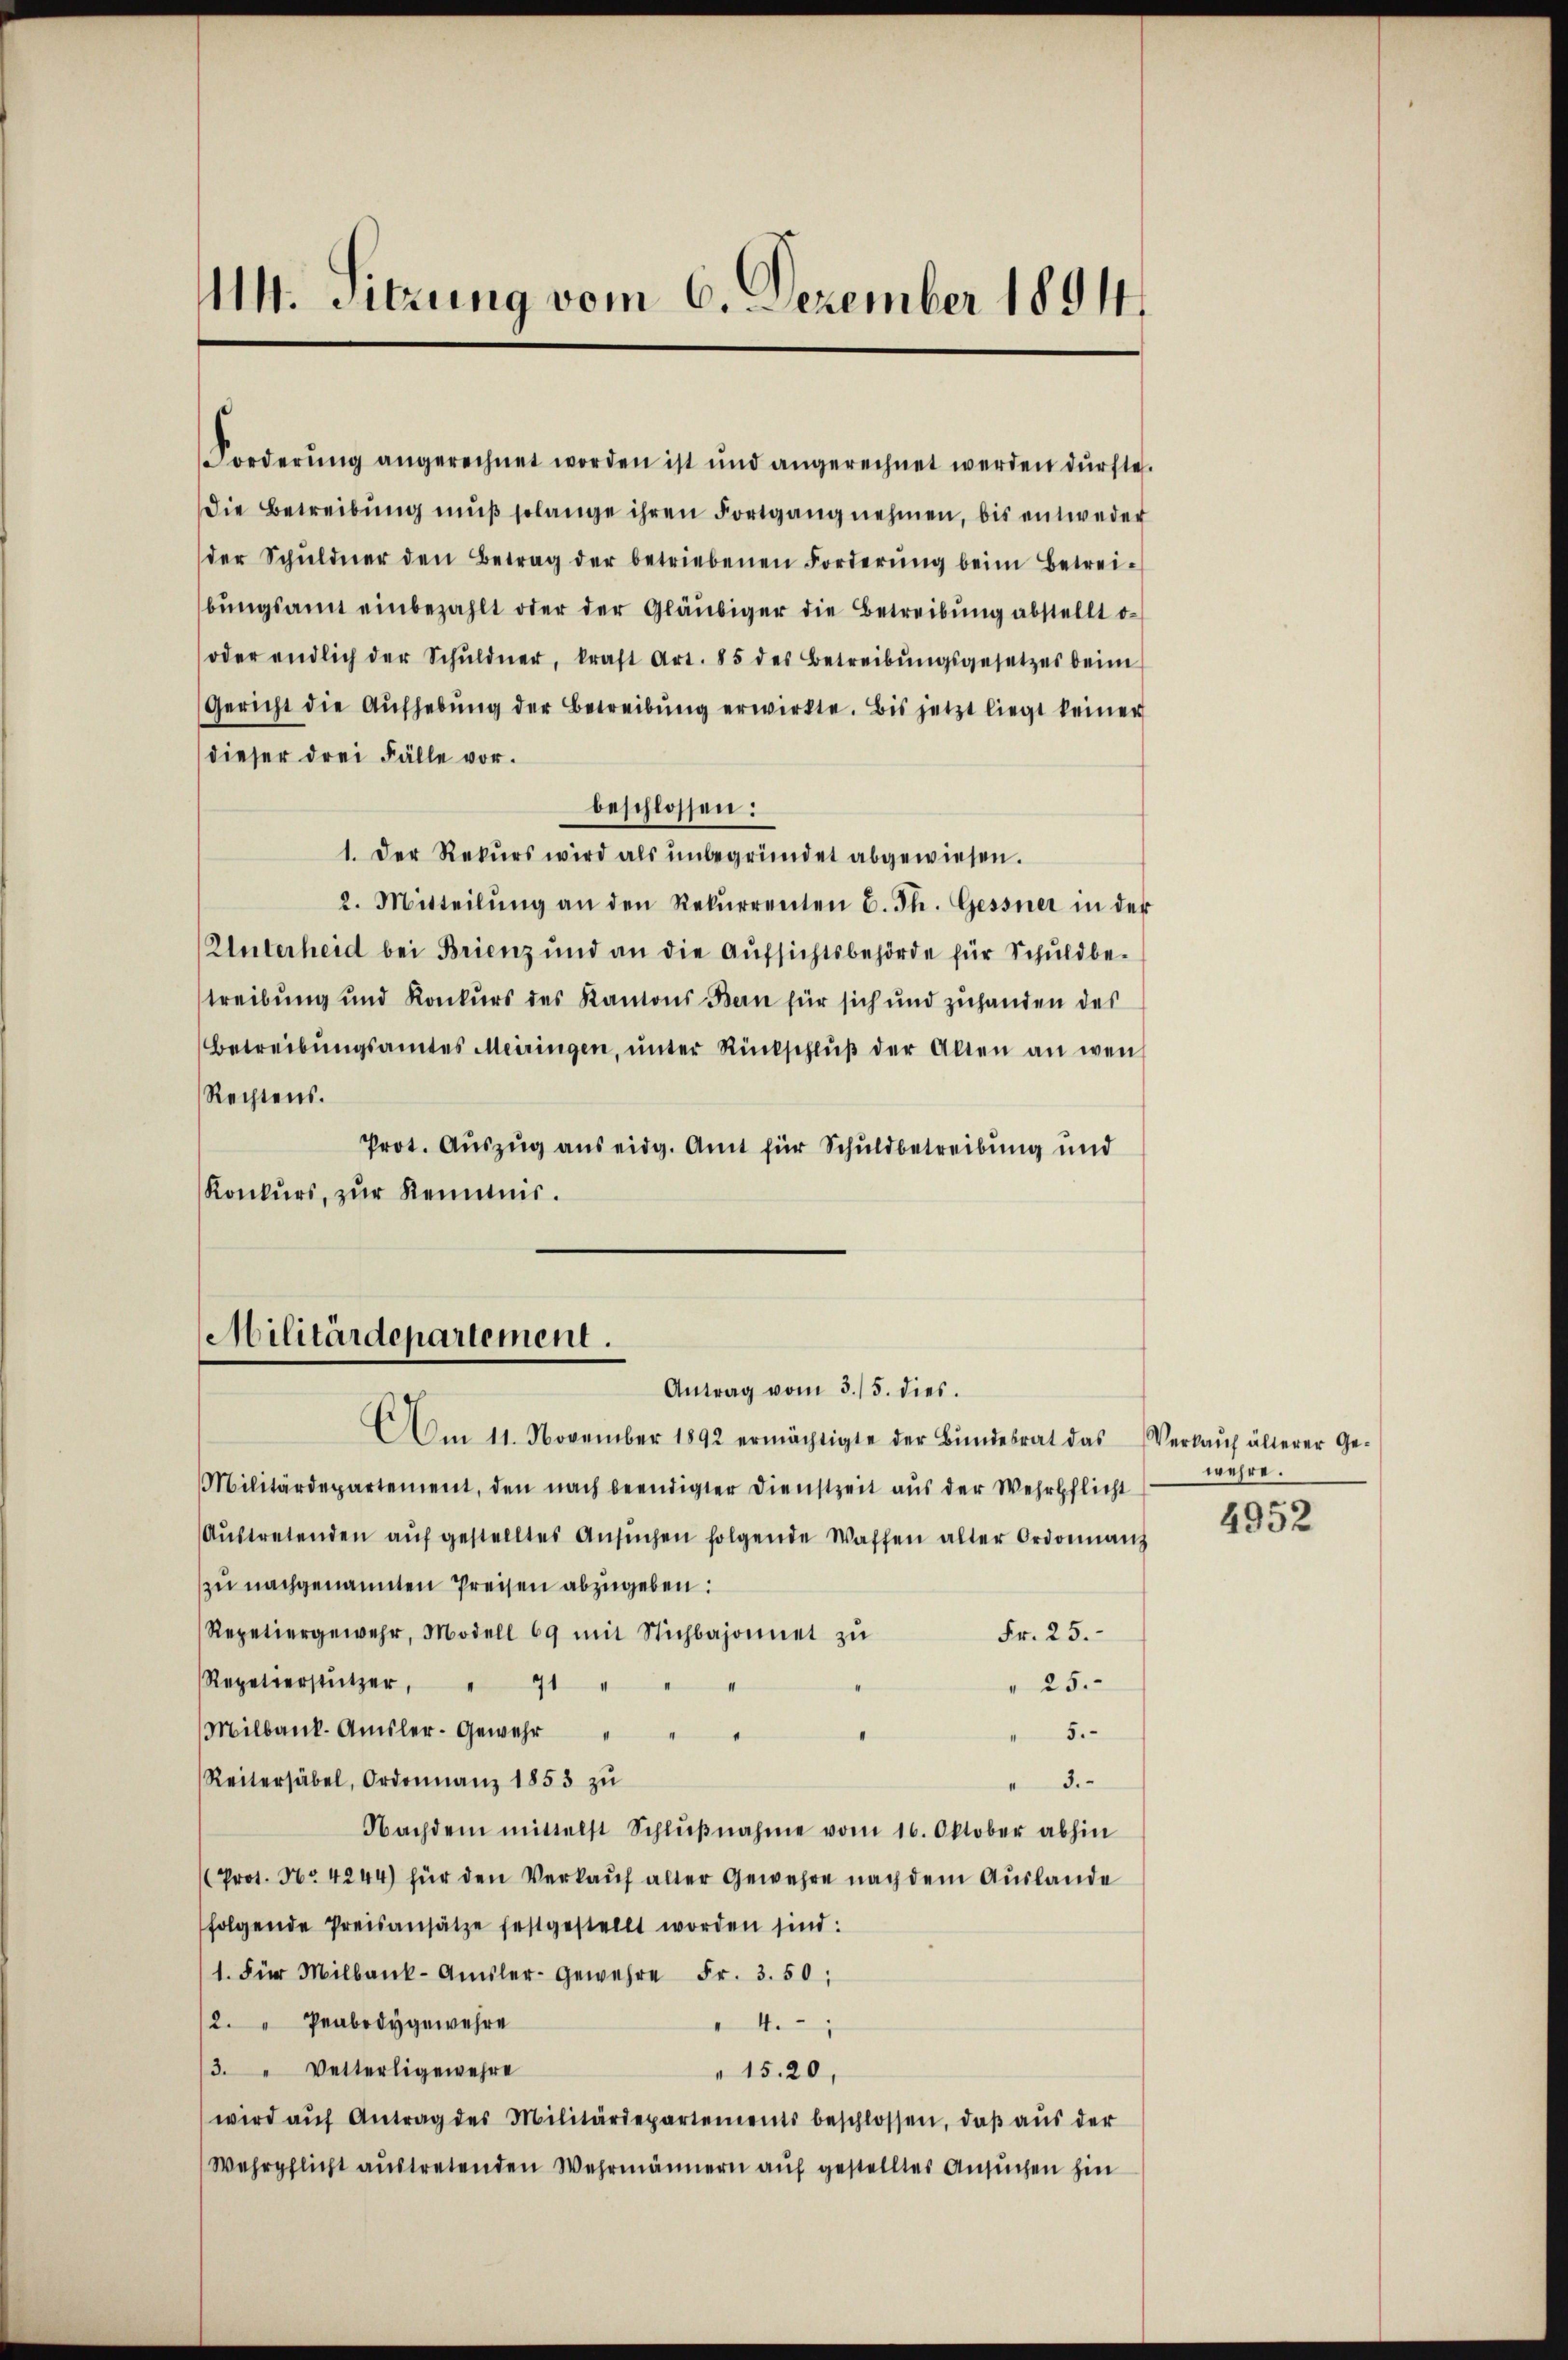
14. Sitzung vom 6. Dezember 18914.

Forderung angerechnet worden ist und angerechnet werden dürfte.
Die Betreibŭng mŭβ solange ihren Fortgang nehmen, bis entweder
der Schŭldner den Betrag der betriebenen Forderŭng beim Betrei-
bŭngsamt einbezahlt oder der Gläubiger die Betreibŭng abstellt o
oder endlich der Schŭldner, kraft Art. 85 des Betreibŭngsgesetzes beim
Gericht die Aŭfhebŭng der Betreibŭng erwirkte. Bis jetzt liegt keiner
dieser drei Fälle vor.
beschlossen:
1. Der Rekurs wird als unbegründet abgewiesen.
2. Mitteilŭng an den Rekurrenten E. Th. Gessner in der
Unterheid bei Brienz und an die Aufsichtsbehörde für Schuldbe-
treibung und Konkurs des Kantons Bern für sich und zuhanden des
Betreibŭngsamtes Meiringen, ŭnter Rückschlŭβ der Alten an wen
Rechtens.
Prot. Auszug aus eidg. Amt für Schuldbetreibung und
Konkurs, zŭr Kenntnis.

Militärdepartement
Antrag vom 3./5. dies.

Am 11. November 1892 ermächtigte der Bŭndesrat das
Militärdepartement, den nach beendigter Dienstzeit aus der Wehrpflicht
Aŭstretenden aŭf gestelltes Ansŭchen folgende Waffen alter Ordonnanz
zu nachgenannten Preisen abzugeben:
Repetiergewehr, Modell 69 mit Stichbajonnet zŭ
Fr. 25.
Repetterstützer, 1
 25.
Milbank. Amsler-Gewehr
5.
Reitersäbel, Ordonnanz 1853 zu
3.
Nachdem mittelst Schlŭβnahme vom 16. Oktober abhin
Prot. No 4244) für den Verkauf alter Gewehre nach dem Auslande
folgende Preisansätze festgestellt worden sind:
1. Für Milbank-Amsler-Gewehre Fr. 3. 50;
2. " Prabody gewehre
4
3. " Vetterligewehre
1520,
wird aŭf Antrag des Militärdepartements beschlossen, daß aus der
Wehrpflicht austretenden Wehrmännern auf gestelltes Ansuchen hin

Verkauf älterer Gewehre.

4952